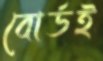
বোর্ডই